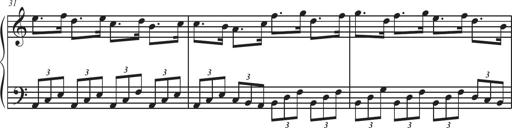
Title: Sonatina Espania
Composer: Jerald Franklin Archer
Key: Various